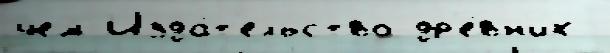
чем Изда́т'ельство др'е́вн'их